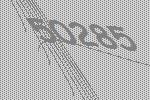
50285